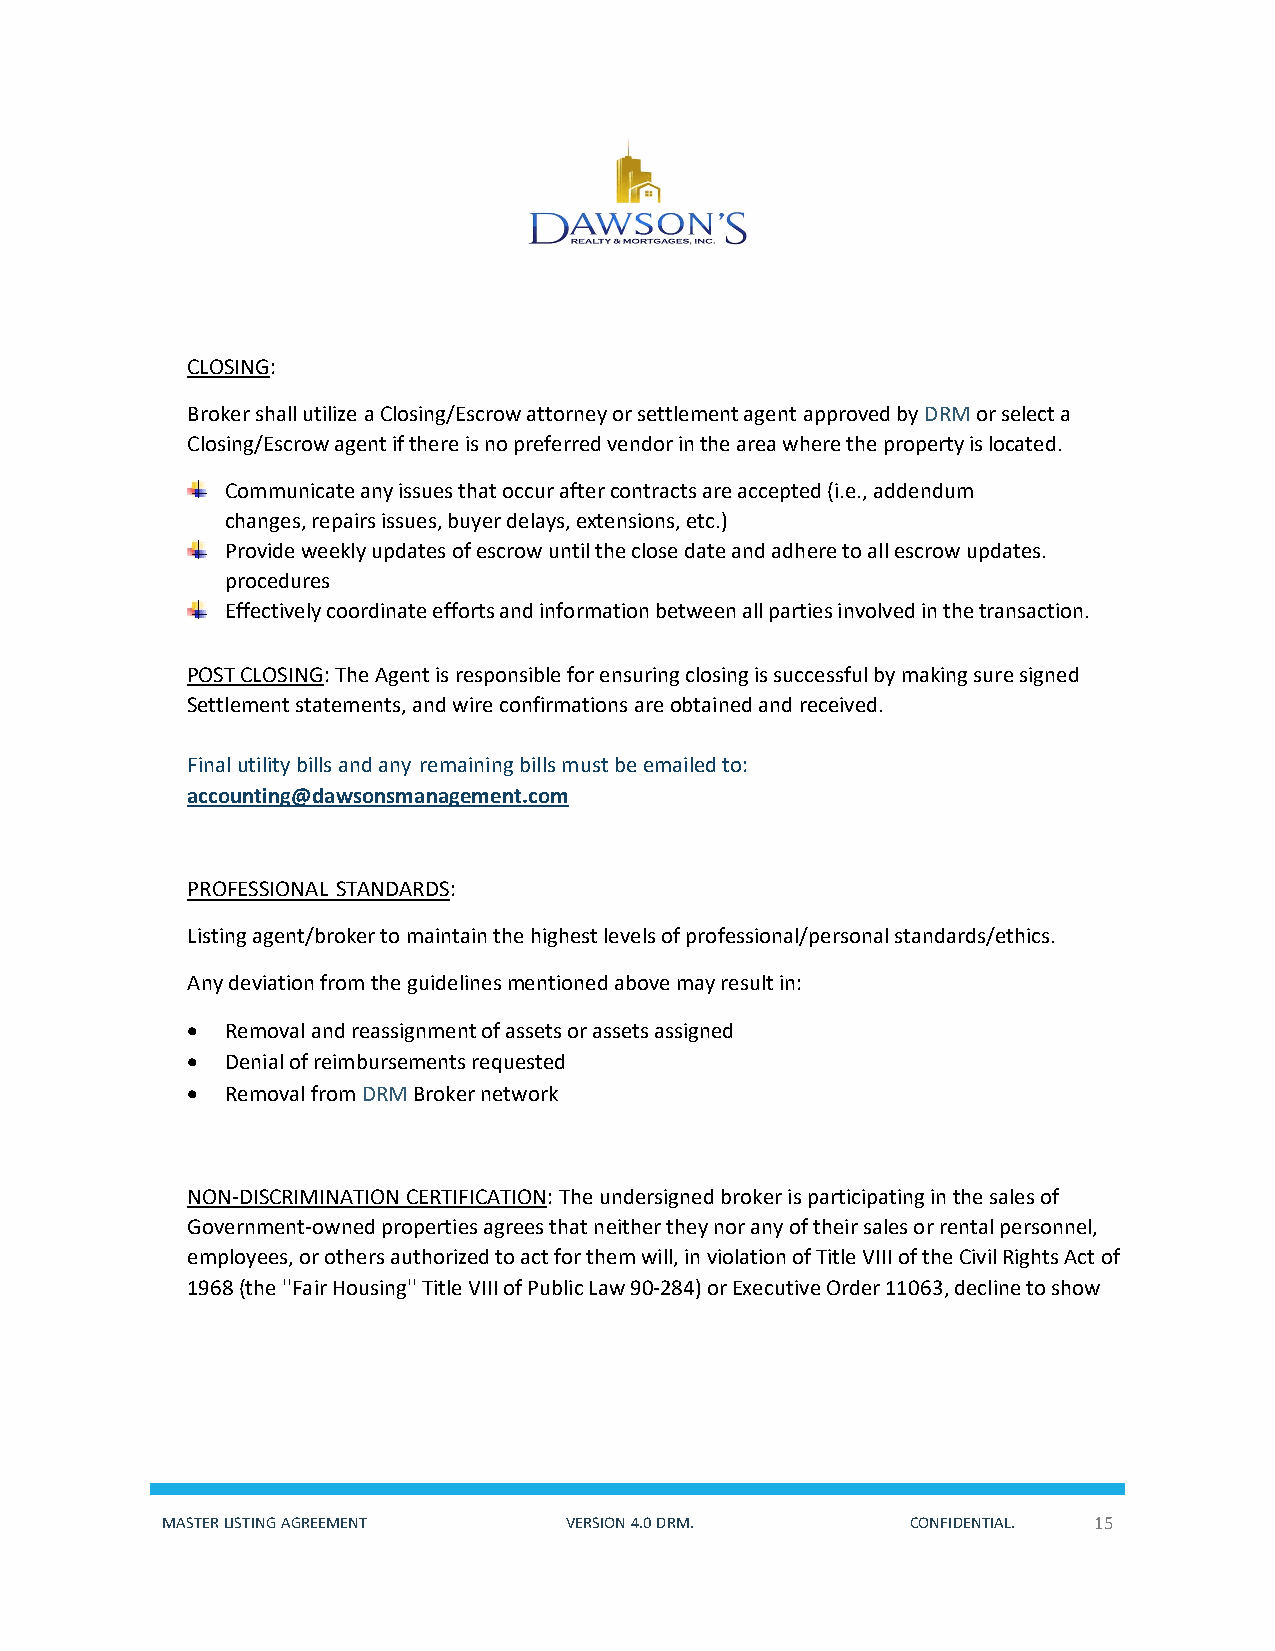
CLOSING:
 Broker shall utilize a Closing/Escrow attorney or settlement agent approved by DRM or select a
 Closing/Escrow agent if there is no preferred vendor in the area where the property is located.
 Communicate any issues that occur after contracts are accepted (i.e., addendum
 changes, repairs issues, buyer delays, extensions, etc.)
 Provide weekly updates of escrow until the close date and adhere to all escrow updates.
 procedures
 Effectively coordinate efforts and information between all parties involved in the transaction.
 POST CLOSING: The Agent is responsible for ensuring closing is successful by making sure signed
 Settlement statements, and wire confirmations are obtained and received.
 Final utility bills and any remaining bills must be emailed to:
 accounting@dawsonsmanagement.com
 PROFESSIONAL STANDARDS:
 Listing agent/broker to maintain the highest levels of professional/personal standards/ethics.
 Any deviation from the guidelines mentioned above may result in:
 •  Removal and reassignment of assets or assets assigned
 •  Denial of reimbursements requested
 •  Removal from DRM Broker network
 NON-DISCRIMINATION CERTIFICATION: The undersigned broker is participating in the sales of
 Government-owned properties agrees that neither they nor any of their sales or rental personnel,
 employees, or others authorized to act for them will, in violation of Title VIII of the Civil Rights Act of
 1968 (the ''Fair Housing'' Title VIII of Public Law 90-284) or Executive Order 11063, decline to show
 MASTER LISTING AGREEMENT  VERSION 4.0 DRM.       CONFIDENTIAL. 15